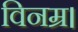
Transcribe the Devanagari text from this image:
विनम्र।